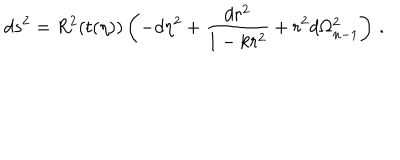
LaTeX: d s ^ { 2 } = R ^ { 2 } ( t ( \eta ) ) \left( - d \eta ^ { 2 } + { \frac { d r ^ { 2 } } { 1 - k r ^ { 2 } } } + r ^ { 2 } d \Omega _ { n - 1 } ^ { 2 } \right) \, .